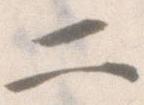
二